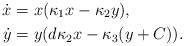
LaTeX: \begin{align*}\dot{x} &= x(\kappa_1 x -\kappa_2 y), \\\dot{y} &= y(d\kappa_2 x - \kappa_3 (y+C)).\end{align*}